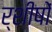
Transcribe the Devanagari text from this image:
र्शीषों